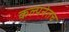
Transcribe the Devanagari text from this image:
कल्पनेतच